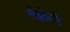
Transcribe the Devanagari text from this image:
लैब्रोटरी